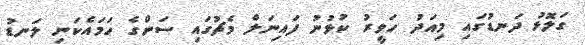
ގަލޮޅު ދަނޑުގައި މިއަދު ހަވީރު ކުޅުނު ފައިނަލް މެޗުގައި ސަންގެ ހަމައެކަނި ލަނޑު